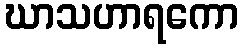
ဃာသဟာရကော